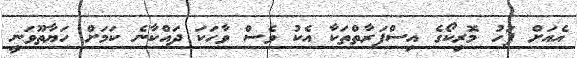
އެއަށް ފަހު މޮރިކޯގެ އިސްފަރާތްތަކާ އެކު ވެސް ވާހަކަ ދައްކާނެ ކަމަށް ހަޔާތޫވަނީ